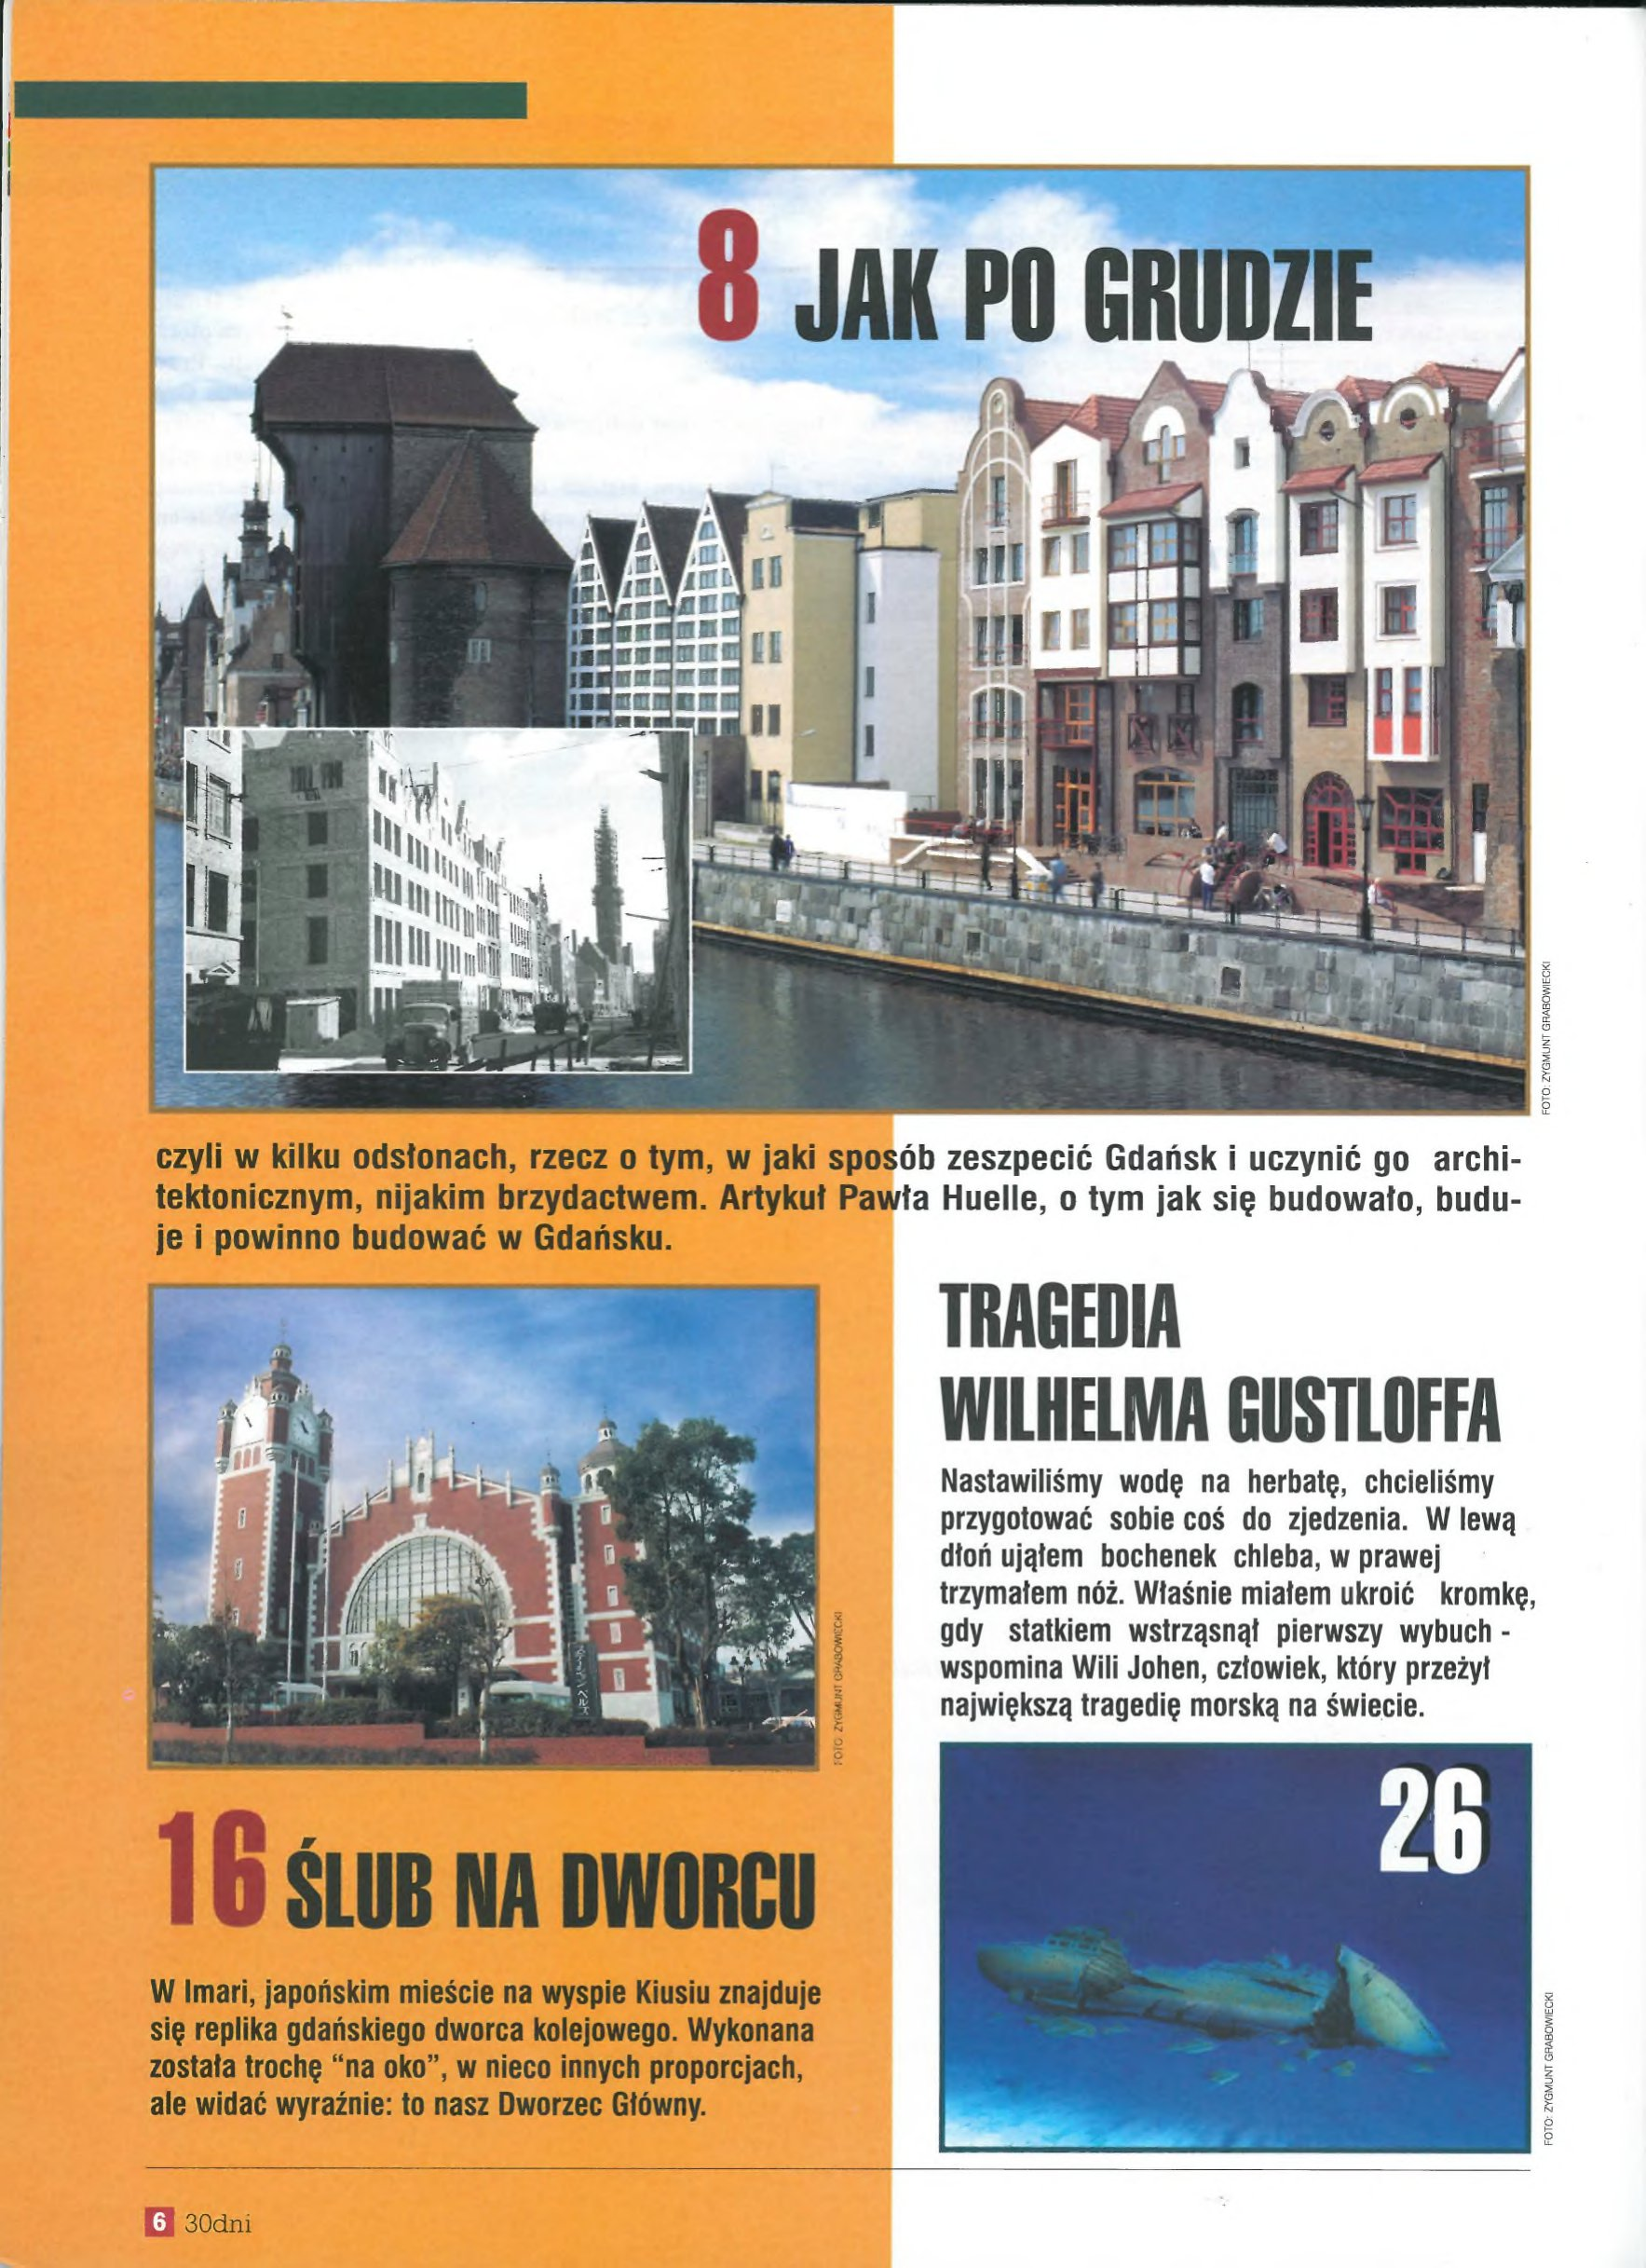
Language: pl